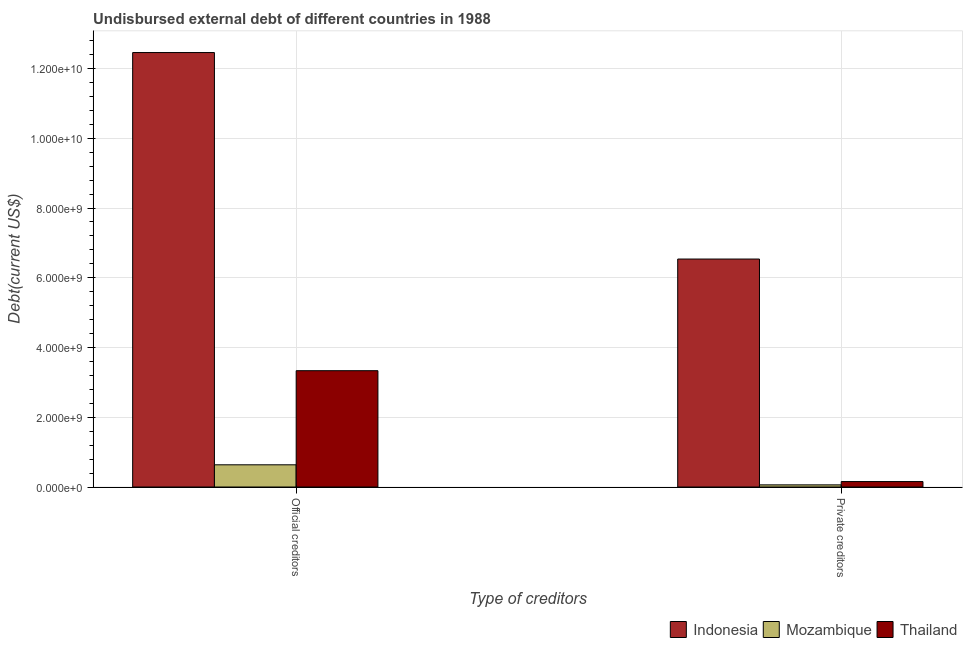
| Type of creditors | Indonesia | Mozambique | Thailand |
 | --- | --- | --- | --- |
 | Official creditors | 1.25e+10 | 6.37e+08 | 3.34e+09 |
 | Private creditors | 6.54e+09 | 6.15e+07 | 1.56e+08 |